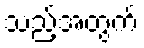
သည့်အတွက်